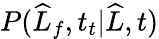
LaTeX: P(\widehat{L}_{f},t_{t}|\widehat{L},t)